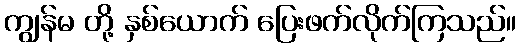
ကျွန်မ တို့ နှစ်ယောက် ပြေးဖက်လိုက်ကြသည်။